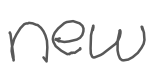
Text: new
Cross-out: clean
Writing tool: digital_gray